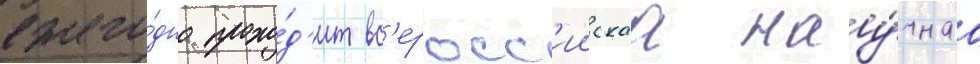
ежего́дно прохо́д'ит вс'еросс'иискаа нау́чнаа